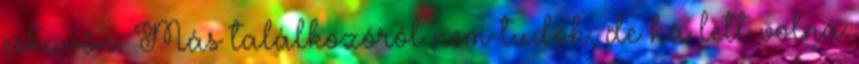
esküvőn. Más találkozóról nem tudok, de ha lett volna